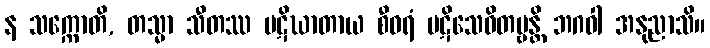
န သက္ကောတိ, တသ္မာ သီတဿ ပဋိဃာတာယ စီဝရံ ပဋိသေဝိတဗ္ဗန္တိ ဘဂဝါ အနုညာသိ။